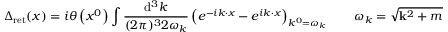
\Delta _ { \mathrm { r e t } } ( x ) = i \theta \left( x ^ { 0 } \right) \int { \frac { \mathrm { d } ^ { 3 } k } { ( 2 \pi ) ^ { 3 } 2 \omega _ { k } } } \left( e ^ { - i k \cdot x } - e ^ { i k \cdot x } \right) _ { k ^ { 0 } = \omega _ { k } } \qquad \omega _ { k } = { \sqrt { \mathbf { k } ^ { 2 } + m ^ { 2 } } }